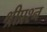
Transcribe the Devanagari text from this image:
श्रीप्रश्न